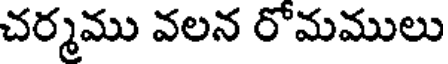
చర్మము వలన రోమములు